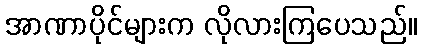
အာဏာပိုင်များက လိုလားကြပေသည်။